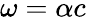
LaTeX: \omega=\alpha c